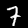
Digit: 7